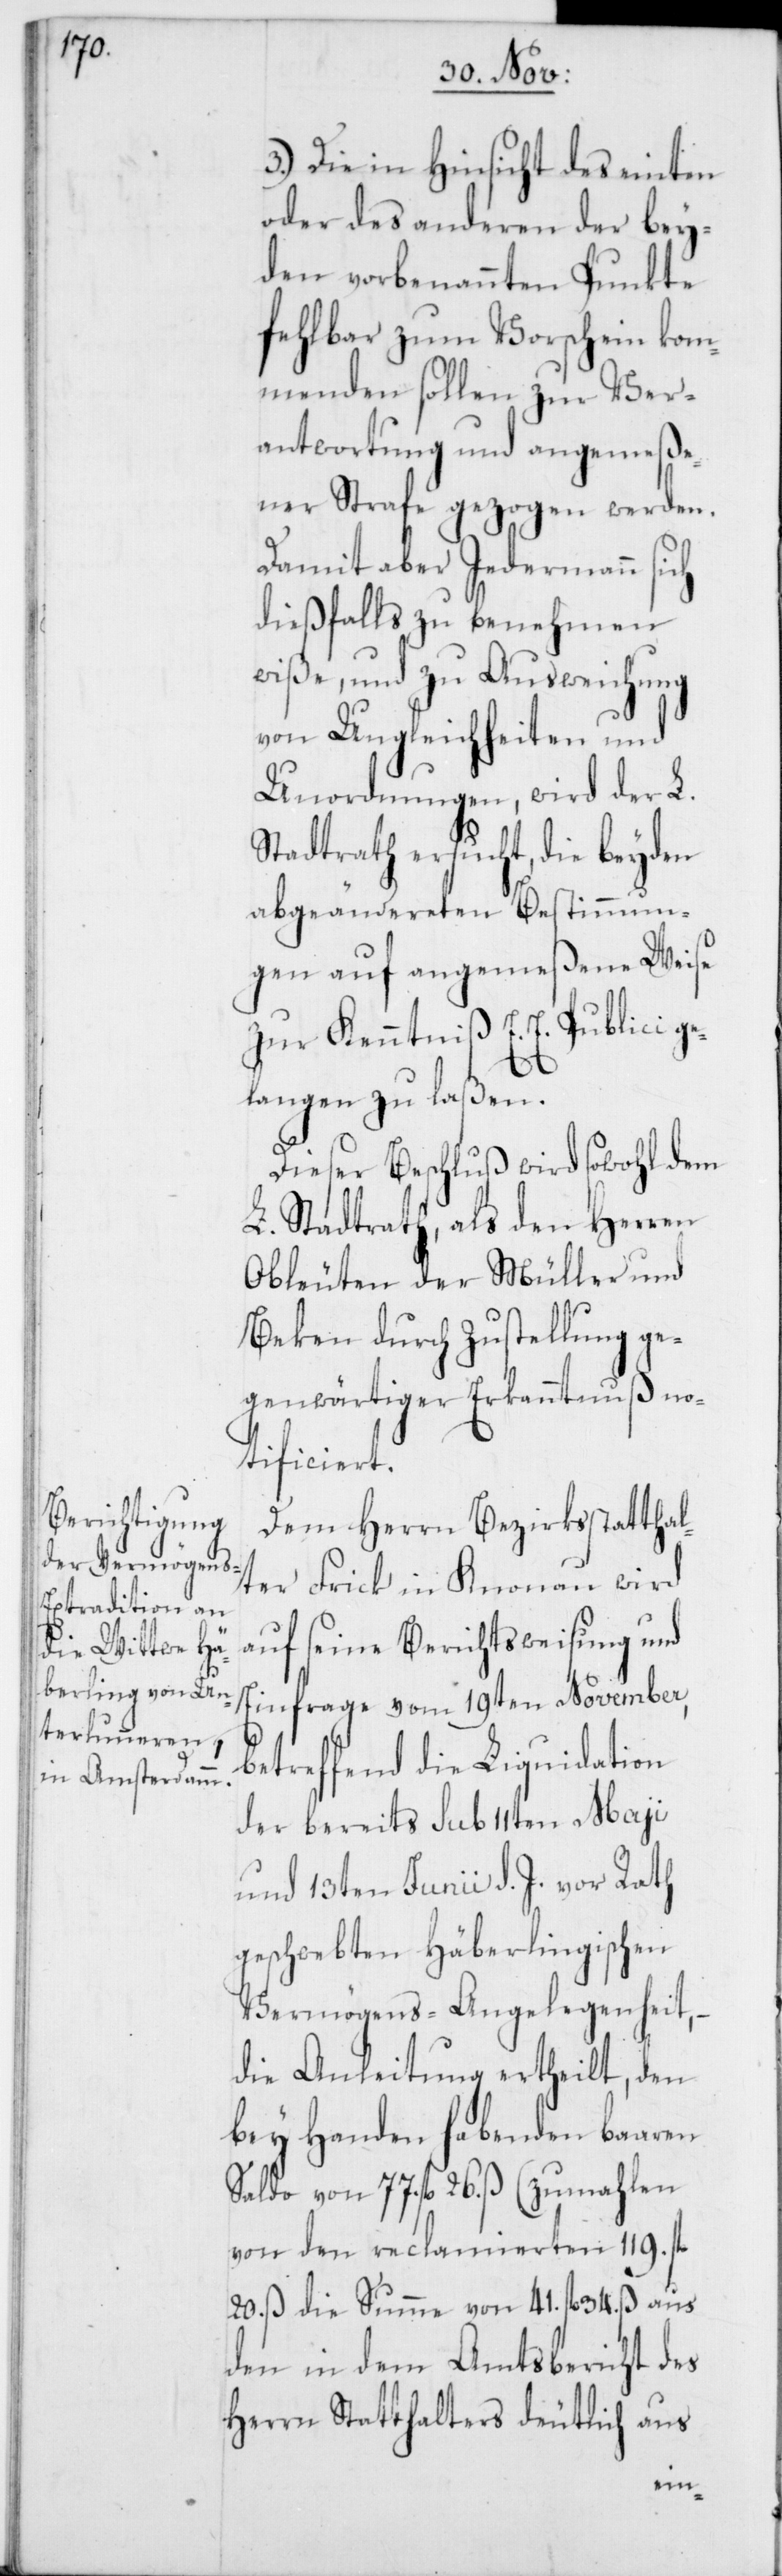
3.) Die in Hinsicht des einten
oder des anderen der bey¬
den vorbenannten Punkte
fehlbar zum Vorschein kom¬
menden sollen zur Ver¬
antwortung und angemeße¬
ner Strafe gezogen werden.
Damit aber Jedermann sich
dießfalls zu benehmen
wiße, und zu Ausweichung
von Ungleichheiten und
Unordnungen, wird der L.
Stadtrath ersucht, die beyden
abgeändereten Bestimmun¬
gen auf angemeßene Weise
zur Kenntniß E. E. Publici ge¬
langen zu laßen.
Dieser Beschluß wird sowohl dem
L. Stadtrath, als den Herren
Obleuten der Müller und
Beken durch Zustellung ge¬
genwärtiger Erkanntnuß no¬
tificiert.
Dem Herrn Bezirksstatthal¬
ter Frick in Knonau wird
auf seine Berichtsweisung und
Einfrage vom 19ten November,
betreffend die Liquidation
der bereits sub 11ten Maji
und 13ten Junii d. J. vor Rath
geschwebten Häberlingischen
Vermögens-Angelegenheit, –
die Anleitung ertheilt, den
bey Handen habenden baaren
Saldo von 77. fl. 26. ß (zumahlen
von den reclamierten 119. fl.
20. ß die Summe von 41. fl. 34. ß aus
den in dem Amtsbericht des
Herrn Statthalters deutlich aus-